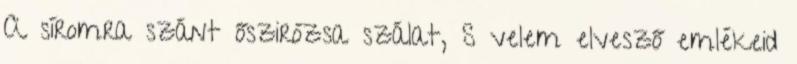
A síromra szánt őszirózsa szálat, S velem elvesző emlékeid